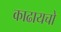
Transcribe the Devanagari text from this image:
काढायचो